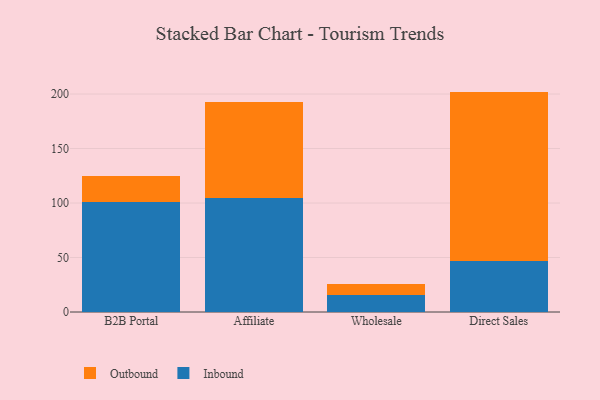
{"axis": {"x": "Channel", "y": "Production Output"}, "legend": ["Inbound", "Outbound"], "data": [{"x": "B2B Portal", "y": 100.8, "type": "Inbound"}, {"x": "B2B Portal", "y": 24.0, "type": "Outbound"}, {"x": "Affiliate", "y": 104.6, "type": "Inbound"}, {"x": "Affiliate", "y": 87.9, "type": "Outbound"}, {"x": "Wholesale", "y": 15.9, "type": "Inbound"}, {"x": "Wholesale", "y": 9.7, "type": "Outbound"}, {"x": "Direct Sales", "y": 46.4, "type": "Inbound"}, {"x": "Direct Sales", "y": 155.8, "type": "Outbound"}]}